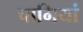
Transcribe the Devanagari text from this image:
चाभियां